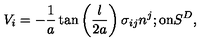
V _ { i } = - \frac { 1 } { a } \tan \left( \frac { l } { 2 a } \right) \sigma _ { i j } n ^ { j } ; \mathrm { o n } S ^ { D } ,